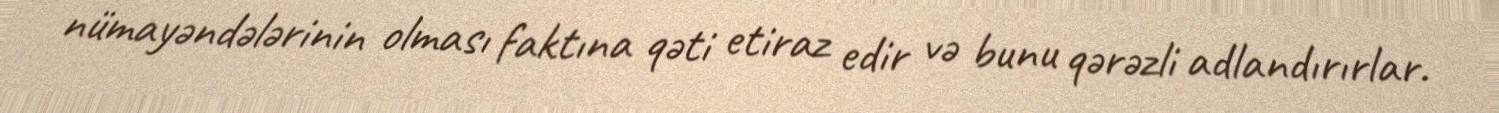
nümayəndələrinin olması faktına qəti etiraz edir və bunu qərəzli adlandırırlar.